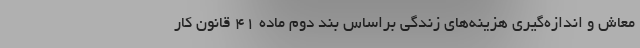
معاش و اندازه‌گیری هزینه‌های زندگی براساس بند دوم ماده ۴۱ قانون کار